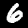
Label: 6